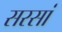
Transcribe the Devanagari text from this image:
सरसां